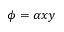
\phi = \alpha x y